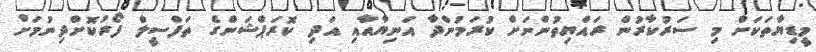
މީޑިޔާތަކަށް މި ސަރުކާރުން ރައްޔިތުންނަށް ކުރަމުންދާ އަނިޔާއާއި އަދި ކޮރަޕްޝަންގެ ތަފްސީލް ފޯރުކޮށްދިނުމަށް